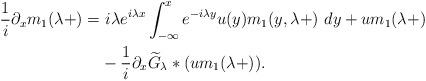
LaTeX: \begin{align*} \frac1i \partial_x m_1(\lambda+) =&~ i\lambda e^{i\lambda x}\int_{-\infty}^x e^{-i\lambda y}u(y)m_1(y,\lambda+)~dy + um_1(\lambda+)\\&-\frac1i \partial_x\widetilde{G}_{\lambda}*(um_1(\lambda+)).\end{align*}